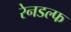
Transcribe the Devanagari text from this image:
रेनडल्फ